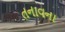
તનાવના